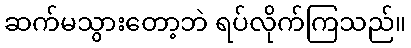
ဆက်မသွားတော့ဘဲ ရပ်လိုက်ကြသည်။